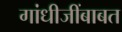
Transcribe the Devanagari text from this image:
गांधीजींबाबत